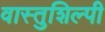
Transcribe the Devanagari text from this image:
वास्‍तुशिल्‍पी